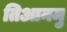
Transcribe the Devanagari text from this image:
तिआनमु